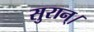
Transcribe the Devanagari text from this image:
सुरान्।